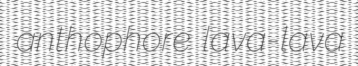
anthophore lava-lava